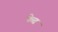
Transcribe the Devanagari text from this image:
फेत्त